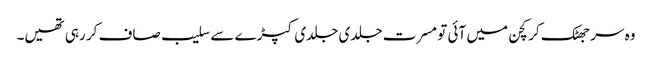
وہ سر جھٹک کر کچن میں آئی تو مسرت جلدی جلدی کپڑے سے سلیب صاف کر رہی تھیں۔